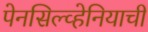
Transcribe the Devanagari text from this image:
पेनसिल्व्हेनियाची